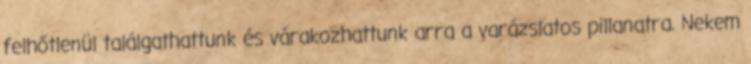
felhőtlenül találgathattunk és várakozhattunk arra a varázslatos pillanatra. Nekem